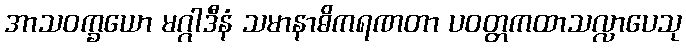
အာသဝက္ခယော မဂ္ဂါဒီနံ သမာနာဓိကရဏတာ ပဝတ္တကထာသလ္လာပေသု